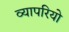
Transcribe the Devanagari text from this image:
व्यापरियो